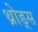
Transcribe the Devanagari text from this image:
थ्रोड्स